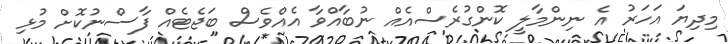
މިދިޔަ އަހަރު އެ ނިންމާލީ ކޮންގުރެސްއެއް ނުބާއްވާ އެއްވެސް ބަޖެޓެއް ފާސްނުކޮށް މުޅި